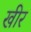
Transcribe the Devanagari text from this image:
खीर